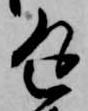
返